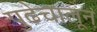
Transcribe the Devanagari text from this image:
पुढेचालून